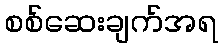
စစ်ဆေးချက်အရ